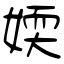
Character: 媆